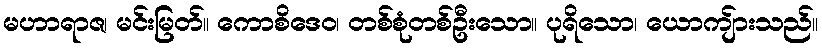
မဟာရာဇ၊ မင်းမြတ်။ ကောစိဒေဝ၊ တစ်စုံတစ်ဦးသော။ ပုရိသော၊ ယောကျ်ားသည်။